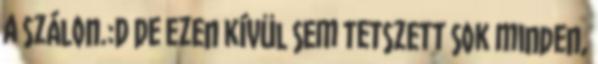
a szálon.:D De ezen kívül sem tetszett sok minden,